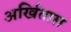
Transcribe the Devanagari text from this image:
अर्खितास